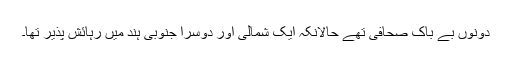
دونوں بے باک صحافی تھے حالانکہ ایک شمالی اور دوسرا جنوبی ہند میں رہائش پذیر تھا۔